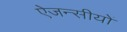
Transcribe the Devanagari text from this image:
ऐजन्सीयों